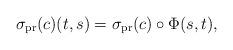
LaTeX: \begin{align*}\sigma_{\rm pr}(c)(t,s)= \sigma_{\rm pr}(c)\circ \Phi(s,t),\end{align*}